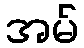
အမ်